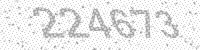
Solution: 224673